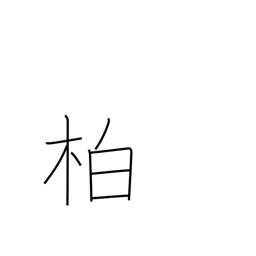
Meaning: cypress